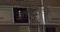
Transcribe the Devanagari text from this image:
अवयवात्मक